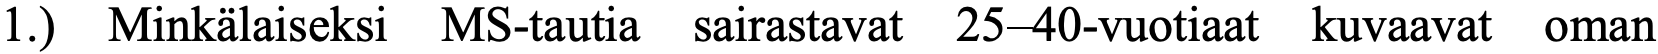
1.) Minkälaiseksi MS-tautia sairastavat 25–40-vuotiaat kuvaavat oman